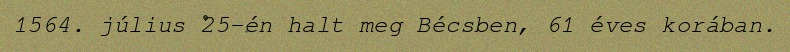
1564. július 25-én halt meg Bécsben, 61 éves korában.